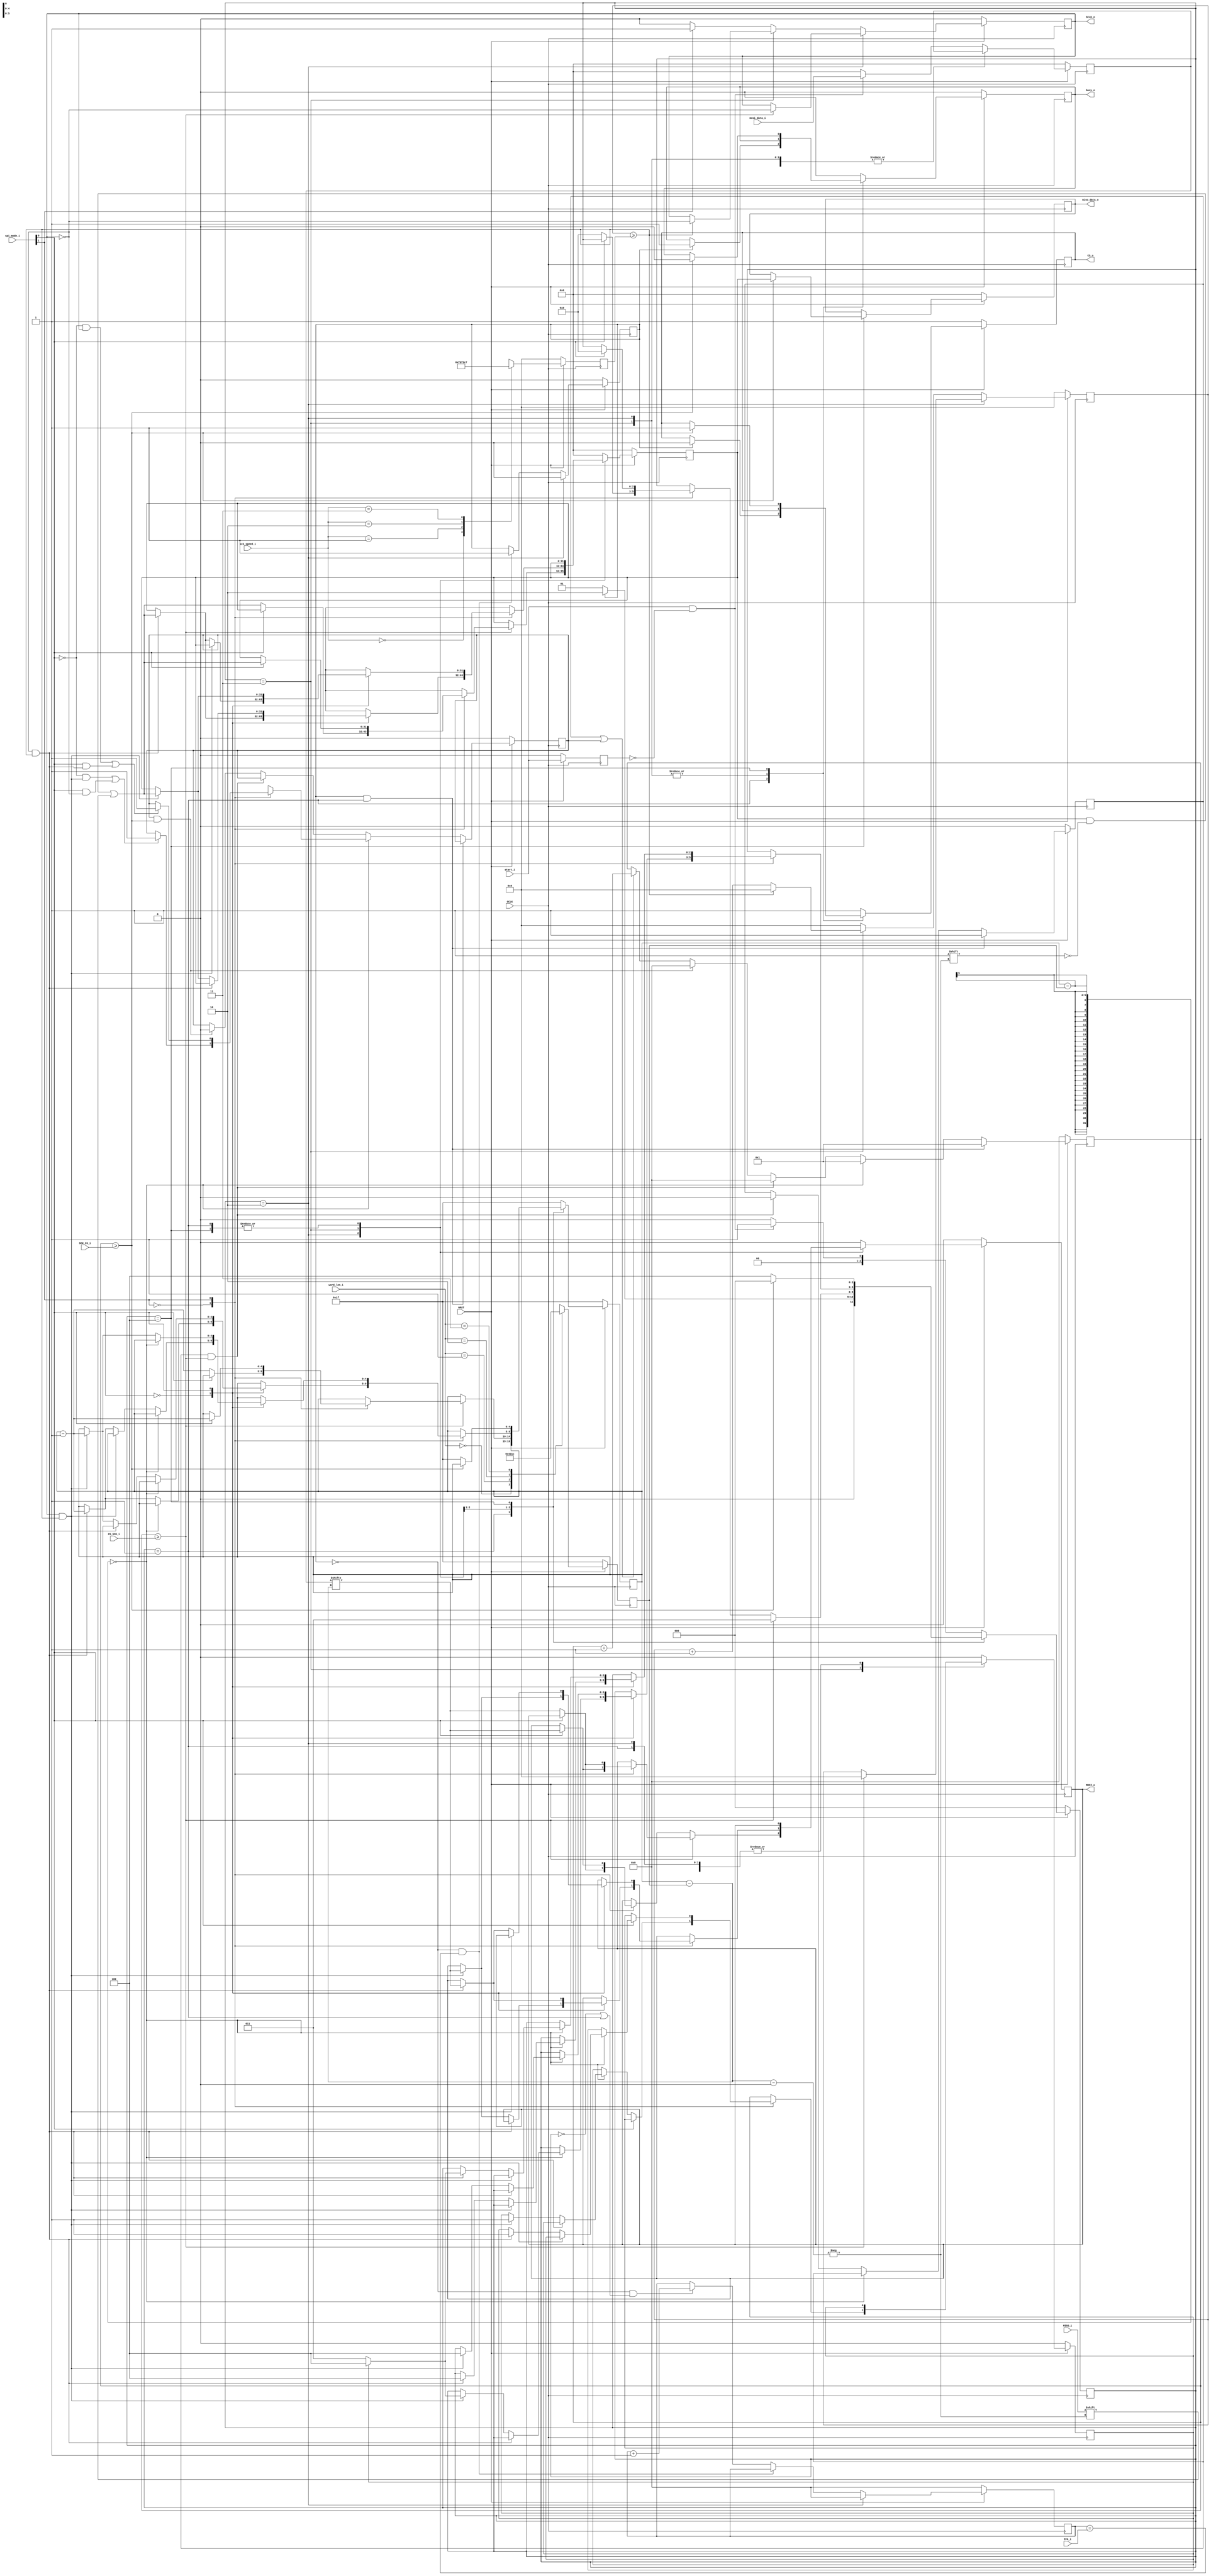
`timescale 1ns/1ps

module SPI_master (
    ////////////////////
    // GLOBAL SIGNALS //
    input GCLK, // global clock (say 100MHz)
    input NRST,  // asynchronous reset

    /////////////////////
    // CONTROL SIGNALS //
    input      start_i, // transmission start flag [1 - start | 0 - stop]
    //
    output reg busy_o,  // busy flag [1 - busy | 0 - ready] whoa

    ////////////////////
    // CONFIG SIGNALS //
    input [1:0] spi_mode_i,  // one of 4 modes [SCK polarity, SCK phase, which SCK edge for picking up and which for shifting data] - mode 0 by default {CHECK}
    input [1:0] sck_speed_i, // [1/128, 1/64, 1/32, 1/16] of GCLK - 1/128 by default {CHECK}
    input [1:0] word_len_i,  // length of a single word directed on/sampled from the bus - [32, 16, 8, 4] bits - 32 bits by default {CHECK}

    ////////////////////
    // STATUS SIGNALS //
    input [7:0] IFG_i,    // minimum interframe gap (parameter)
    input [7:0] CS_SCK_i, // the time between the switch of CS polarity and the response in switch of SCK polarity (parameter)
    input [7:0] SCK_CS_i,

    //////////////
    // SPI DATA //
    input      [31:0] mosi_data_i, // data frame to send via MOSI (8/16/32 bits and the remaining are filled with zeroes)
    //
    output reg [31:0] miso_data_o, // data frame received via MISO (8/16/32 bits and the remaining are filled with zeroes)

    /////////////
    // SPI BUS //
    input  MISO_i,
    //
    output MOSI_o,
    output SCLK_o,
    output CS_o
);

wire trans_start_v;
reg  d_ff_v;

wire sck_pol_v; // sck polarity - active high [0] or active low [1]
wire sck_pha_v; // sck phase - send on rising edge/pick up on falling edge [0] or send on falling edge/pick up on rising edge [1]
//
reg [5:0] sck_switch_v;
reg [5:0] sck_switch_cnt_v;
reg       sck_v;
//
wire pos_sck_v;
wire neg_sck_v;
//
reg       CS_to_SCK_v; // from !CS to the first SCK pulse
reg       SCK_to_CS_v;   // from the last SCK pulse to CS

reg [7:0] CSnSCK_cnt_v;
//
reg       IFG_done_v;
reg [7:0] IFG_cnt_v;
//
reg [4:0] chosen_word_len_v;
//
localparam IDLE        = 0;
localparam INTERFRAME  = 1;
localparam PRE_TRANS   = 2;
localparam TRANSACTION = 3;
localparam FINISH      = 4;

reg [2:0] STATE;

reg        mosi_v;
reg        chip_sel_v;

reg [31:0] miso_buff_v;
reg [31:0] mosi_buff_v;

reg [4:0]  bit_cnt_v;
reg        last_bit_v;

wire trans_done_v;

////////////////////////
// SPI MODE SELECTION //

// 0: SCK idle low,  sample on rising SCK,  toggle on falling SCK
// 1: SCK idle low,  sample on falling SCK, toggle on rising SCK
// 2: SCK idle high, sample on rising SCK,  toggle on falling SCK
// 3: SCK idle high, sample on falling SCK, toggle on rising SCK

assign sck_pol_v = spi_mode_i[1];
assign sck_pha_v = spi_mode_i[0];

/////////////////////////
// SCK SPEED SELECTION //

// sck_switch_v states the value at which to change clock polarity (double the clock period)

always @ (posedge GCLK) begin
    if (!NRST) begin
        sck_switch_v <= 6'd0;
    end
    else begin
        case (sck_speed_i)
            0: sck_switch_v  <= 6'd63; // [1/128] GCLK
            1: sck_switch_v  <= 6'd31; // [1/64] GCLK
            2: sck_switch_v  <= 6'd15; // [1/32] GCLK
            3: sck_switch_v  <= 6'd7;  // [1/16] GCLK
            default: begin
                sck_switch_v  <= 6'd63; // [1/128] GCLK
            end
        endcase
    end
end

///////////////////////////
// WORD LENGTH SELECTION //

// Rx/Tx counter will decrement with each sent/received bit, hence [31 - word_len]

always @ (posedge GCLK) begin
    if (!NRST)
        chosen_word_len_v <= 5'd31;
    else begin
        case (word_len_i)
            0: chosen_word_len_v <= 5'd0; // 32-bit word
            1: chosen_word_len_v <= 5'd16; // 16-bit word
            2: chosen_word_len_v <= 5'd24; // 8-bit word
            3: chosen_word_len_v <= 5'd28; // 4-bit word
            default: begin
                chosen_word_len_v <= 5'd0; // 32-bit word
            end
        endcase
    end
end

///////////////////
// SCK GENERATOR //

always @ (posedge GCLK) begin
    if (!NRST) begin
        sck_switch_cnt_v <= 6'd0;
        // sck_v            <= (sck_pol_v) ? 1'd1 : 1'd0; // idle sck polarity?
        sck_v            <= 1'd0;
    end
    else if (STATE == PRE_TRANS) begin
        if (CSnSCK_cnt_v >= CS_SCK_i) begin
            sck_switch_cnt_v <= 6'd0;
            sck_v            <= !sck_v; // marks half a period of sck_v cycle
        end
    end
    else if (STATE == TRANSACTION) begin
        if (sck_switch_cnt_v >= sck_switch_v) begin
            sck_switch_cnt_v <= 6'd0;
            sck_v            <= !sck_v; // marks half a period of sck_v cycle
        end
        else begin
            sck_switch_cnt_v <= sck_switch_cnt_v + 1'b1;
        end
    end
    else if (!chip_sel_v) begin
        sck_switch_cnt_v <= 6'd0;
        sck_v            <= (sck_pol_v) ? 1'd1 : 1'd0; // idle sck_v polarity?
    end
    else begin
        sck_switch_cnt_v <= 6'd0;
        sck_v            <= (sck_pol_v) ? 1'd1 : 1'd0;
    end
end

assign SCLK_o = sck_v;

////////////////////
// EDGE DETECTION //

always @ (posedge GCLK) begin
    if (!NRST) begin
        d_ff_v <= 0;
    end
    else begin
        d_ff_v <= start_i;
    end
end

assign trans_start_v = start_i & !d_ff_v;

// The rest of the design "knows" exactly when the clock
// is going to switch its polarity one GCLK edge prior.
// New mosi data bit is set with sck_v edge and miso data
// bit is collected, according to sck_v phase

assign pos_sck_v = !sck_v & (sck_switch_cnt_v >= sck_switch_v);
assign neg_sck_v = sck_v & (sck_switch_cnt_v >= sck_switch_v);

///////////////////////////////
// CStoSCK & SCKtoCS TIMINGS //

// CStoSCK - additional delay between the newly activated CS
// and the first SCK polarity switch
// SCKtoCS - additional delay between the last SCK polarity switch
// in a (now finished) frame and the CS going idle

always @ (posedge GCLK) begin
    if (!NRST) begin
        CSnSCK_cnt_v    <= 8'd0;
        CS_to_SCK_v     <= 1'b0;
        SCK_to_CS_v     <= 1'b0;
    end
    //
    else if ((IFG_done_v & (STATE == INTERFRAME))) begin
        CS_to_SCK_v     <= 1'b1;
        CSnSCK_cnt_v    <= 8'd1;
    end
    else if (trans_done_v) begin
        case (sck_pol_v)
        0: begin
            if((!sck_pha_v & neg_sck_v) || (sck_pha_v & !sck_v)) begin
                SCK_to_CS_v <= 1'b1;
            end
            else begin
                SCK_to_CS_v <= SCK_to_CS_v;
            end
            // SCK_to_CS_v  <= (!sck_pha_v & neg_sck_v) ? 1'b1 : (sck_pha_v & !sck) ? 1'b1 : SCK_to_CS_v;
            CSnSCK_cnt_v    <= 8'd1;
        end
        1: begin
            if((!sck_pha_v & sck_v) || (sck_pha_v & pos_sck_v)) begin
                SCK_to_CS_v <= 1'b1;
            end
            else begin
                SCK_to_CS_v <= SCK_to_CS_v;
            end
            // SCK_to_CS_v  <= (!sck_pha_v & sck_v) ? 1'b1 : (sck_pha_v & pos_sck_v) ? 1'b1 : SCK_to_CS_v;
            CSnSCK_cnt_v    <= 8'd1;
        end
        default: begin
            CSnSCK_cnt_v    <= 8'd0;
            CS_to_SCK_v     <= 1'b0;
            SCK_to_CS_v     <= 1'b0;
        end
        endcase
    end
    else if (CS_to_SCK_v & (CSnSCK_cnt_v >= CS_SCK_i)) begin
        CSnSCK_cnt_v    <= 8'd0;
        CS_to_SCK_v     <= 1'b0;
    end
    else if (SCK_to_CS_v & (CSnSCK_cnt_v >= SCK_CS_i)) begin
        CSnSCK_cnt_v    <= 8'd0;
        SCK_to_CS_v     <= 1'b0;
    end
    else if (CS_to_SCK_v | SCK_to_CS_v) begin
        CSnSCK_cnt_v    <= CSnSCK_cnt_v + 1'b1;
    end
end

////////////////
// IFG TIMING //

// IFG (INTERFRAME GAP) - the minimum delay between two independent
// transmission instances (frames) 

always @ (posedge GCLK) begin
    if (!NRST) begin
        IFG_cnt_v    <= 8'd0;
        IFG_done_v   <= 1'b0;
    end
    else if (STATE == PRE_TRANS) begin
        IFG_cnt_v    <= 8'd0;
        IFG_done_v   <= 1'b0;
    end
    else if (!IFG_done_v & (IFG_cnt_v == IFG_i)) begin
        IFG_done_v   <= 1'b1;
    end
    else if (!IFG_done_v & (STATE == IDLE || STATE == INTERFRAME)) begin
        IFG_cnt_v    <= IFG_cnt_v + 1'b1;
    end
end

////////////////////////////////////
// SPI TRANSMISSION STATE MACHINE //

always @ (posedge GCLK) begin
    if (!NRST) begin
        busy_o      <= 1'b0; // ready for transmission

        mosi_v      <= 1'b0;
        chip_sel_v  <= 1'b1;

        miso_data_o <= 32'd0;

        miso_buff_v <= 32'd0;
        mosi_buff_v <= 32'd0;

        bit_cnt_v   <= 5'd31;
        last_bit_v  <= 1'b0;

        STATE     <= IDLE;
    end
    else begin
        case (STATE)
            IDLE: begin
                busy_o    <= 1'b0; // ready
                mosi_v      <= 1'b0;
                chip_sel_v  <= 1'b1;

                miso_buff_v <= 32'd0;
                mosi_buff_v <= 32'd0;

                bit_cnt_v   <= 5'd31;
                last_bit_v  <= 1'b0;
                //
                if (trans_start_v) begin // start signal and the minimum IFG time passed
                    mosi_buff_v <= mosi_data_i;
                    //
                    STATE <= INTERFRAME;
                end
                else begin
                    STATE <= IDLE;
                end
            end
            INTERFRAME: begin
                if (IFG_done_v) begin
                    busy_o   <= 1'b1; // TRULY busy
                    chip_sel_v <= 1'b0; // start SCK to CS timer
                    STATE    <= PRE_TRANS;
                end
                else if (!IFG_done_v) begin
                    STATE <= INTERFRAME;
                end
                else begin
                    STATE <= IDLE;
                end
            end
            PRE_TRANS: begin
                if (CSnSCK_cnt_v >= CS_SCK_i) begin
                    case (sck_pol_v)
                    0: begin
                        if (!sck_pha_v) begin
                            miso_buff_v[bit_cnt_v-chosen_word_len_v] <= MISO_i;
                            bit_cnt_v <= bit_cnt_v - 1'b1;
                            STATE <= TRANSACTION;
                        end
                        else begin
                            mosi_v    <= mosi_buff_v[bit_cnt_v-chosen_word_len_v];
                            STATE <= TRANSACTION;
                        end
                    end
                    1: begin
                        if (!sck_pha_v) begin
                            mosi_v    <= mosi_buff_v[bit_cnt_v-chosen_word_len_v];
                            STATE <= TRANSACTION;
                        end
                        else begin
                            miso_buff_v[bit_cnt_v-chosen_word_len_v] <= MISO_i;
                            bit_cnt_v <= bit_cnt_v - 1'b1;
                            STATE <= TRANSACTION;
                        end
                    end
                    default: begin
                        STATE <= IDLE;
                    end
                    endcase
                end
                else begin
                    case (sck_pol_v)
                    0: begin
                        if (!sck_pha_v) begin
                            mosi_v <= mosi_buff_v[bit_cnt_v-chosen_word_len_v];
                            STATE <= PRE_TRANS;
                        end
                    end
                    1: begin
                        if (sck_pha_v) begin
                            mosi_v <= mosi_buff_v[bit_cnt_v-chosen_word_len_v];
                            STATE <= PRE_TRANS;
                        end
                    end
                    default: begin
                        STATE <= IDLE;
                    end
                    endcase
                end
            end
            TRANSACTION: begin
                case (sck_pol_v)
                    0: begin // subtract from bit_cnt_v upon detection of a falling SCK edge
                        // (SCK IDLE '0')
                        case (sck_pha_v)
                            0: begin // pick up on rising edge/send on falling edge
                                if (trans_done_v) begin
                                    if (pos_sck_v) begin
                                        miso_buff_v[bit_cnt_v-chosen_word_len_v] <= MISO_i;
                                    end
                                    else if (neg_sck_v) begin
                                        STATE    <= (last_bit_v) ? FINISH : TRANSACTION;
                                        mosi_v     <= mosi_buff_v[bit_cnt_v-chosen_word_len_v];
                                        last_bit_v <= 1'b1;
                                    end
                                end
                                else if (pos_sck_v) begin
                                    miso_buff_v[bit_cnt_v-chosen_word_len_v] <= MISO_i;
                                    bit_cnt_v <= bit_cnt_v - 1'b1;
                                end
                                else if (neg_sck_v) begin
                                    mosi_v    <= mosi_buff_v[bit_cnt_v-chosen_word_len_v];
                                end
                            end
                            1: begin // send on rising edge/pick up on falling edge
                                if (trans_done_v) begin
                                    if (pos_sck_v) begin
                                        mosi_v    <= mosi_buff_v[bit_cnt_v-chosen_word_len_v];
                                    end
                                    else if (neg_sck_v) begin
                                        miso_buff_v[bit_cnt_v-chosen_word_len_v] <= MISO_i;
                                        STATE   <= FINISH;
                                    end
                                end
                                else if (pos_sck_v) begin
                                    mosi_v    <= mosi_buff_v[bit_cnt_v-chosen_word_len_v];
                                end
                                else if (neg_sck_v) begin
                                    miso_buff_v[bit_cnt_v-chosen_word_len_v] <= MISO_i;
                                    bit_cnt_v <= bit_cnt_v - 1'b1;
                                end
                            end
                            default: begin
                                STATE <= IDLE;
                            end
                        endcase
                    end
                    1: begin // subtract from bit_cnt_v upon detection of a rising SCK edge
                        // (SCK IDLE '1')
                        case (sck_pha_v)
                            0: begin // send on falling edge/pick up on rising edge
                                if (trans_done_v) begin
                                    if (neg_sck_v) begin
                                        mosi_v    <= mosi_buff_v[bit_cnt_v-chosen_word_len_v];
                                    end
                                    else if (pos_sck_v) begin
                                        miso_buff_v[bit_cnt_v-chosen_word_len_v] <= MISO_i;
                                        STATE   <= FINISH;
                                    end
                                end
                                else if (neg_sck_v) begin
                                    mosi_v    <= mosi_buff_v[bit_cnt_v-chosen_word_len_v];
                                end
                                else if (pos_sck_v) begin
                                    miso_buff_v[bit_cnt_v-chosen_word_len_v] <= MISO_i;
                                    bit_cnt_v <= bit_cnt_v - 1'b1;
                                end
                            end
                            1: begin // pick up on falling edge/send on rising edge
                                if (trans_done_v) begin
                                    if (neg_sck_v) begin
                                        miso_buff_v[bit_cnt_v-chosen_word_len_v] <= MISO_i;
                                    end
                                    else if (pos_sck_v) begin
                                        STATE    <= (last_bit_v) ? FINISH : TRANSACTION;
                                        mosi_v    <= mosi_buff_v[bit_cnt_v-chosen_word_len_v];
                                        last_bit_v <= 1'b1;
                                    end
                                end
                                else if (neg_sck_v) begin
                                    miso_buff_v[bit_cnt_v-chosen_word_len_v] <= MISO_i;
                                    bit_cnt_v <= bit_cnt_v - 1'b1;
                                end
                                else if (pos_sck_v) begin
                                    mosi_v    <= mosi_buff_v[bit_cnt_v-chosen_word_len_v];
                                end
                            end
                            default: begin
                                STATE <= IDLE;
                            end
                        endcase
                    end
                    default: begin
                        STATE <= IDLE;
                    end
                endcase
            end
            FINISH: begin
                if (CSnSCK_cnt_v >= SCK_CS_i) begin
                    busy_o     <= 1'b0;
                    chip_sel_v   <= 1'b1;
                    miso_data_o <= miso_buff_v;
                    STATE       <= IDLE;
                end
                else begin
                    bit_cnt_v     <= 5'd31;
                    STATE       <= FINISH;
                end
            end
            default: begin
                busy_o     <= 1'b0;
                mosi_v       <= 1'b0;
                chip_sel_v   <= 1'b1;

                miso_buff_v  <= 32'd0;
                mosi_buff_v  <= 32'd0;

                bit_cnt_v    <= 5'd31;
                last_bit_v   <= 1'b0;
                //
                if (trans_start_v) begin
                    mosi_buff_v <= mosi_data_i;
                    //
                    STATE <= INTERFRAME;
                end
                else begin
                    STATE <= IDLE;
                end
            end
        endcase
    end
end

assign trans_done_v = ((bit_cnt_v - chosen_word_len_v) == 0);

assign MOSI_o = mosi_v;
assign CS_o = chip_sel_v;

endmodule